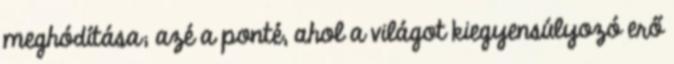
meghódítása; azé a ponté, ahol a világot kiegyen­sú­lyo­zó erő